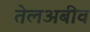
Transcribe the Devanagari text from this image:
तेलअबीव